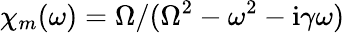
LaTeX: \chi_{m}(\omega)=\Omega/(\Omega^{2}-\omega^{2}-\mathrm{i}\gamma\omega)